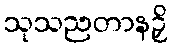
သုသညတာနဉှိ